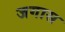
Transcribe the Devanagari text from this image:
जगास